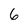
Character: 6